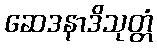
ဆေဒနာဒိသုတ္တံ